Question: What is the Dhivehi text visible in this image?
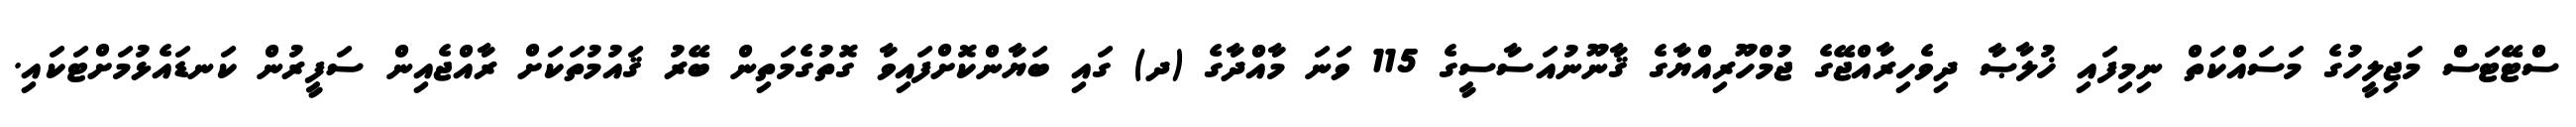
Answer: ސްޓޭޓަސް މަޖިލީހުގެ މަސައްކަތް ނިމިފައި ޚުލާޞާ ދިވެހިރާއްޖޭގެ ޖުމްހޫރިއްޔާގެ ޤާނޫނުއަސާސީގެ 115 ވަނަ މާއްދާގެ (ދ) ގައި ބަޔާންކޮށްފައިވާ ގޮތުގެމަތިން ބޭރު ޤައުމުތަކަށް ރާއްޖެއިން ސަފީރުން ކަނޑައެޅުމަށްޓަކައި.